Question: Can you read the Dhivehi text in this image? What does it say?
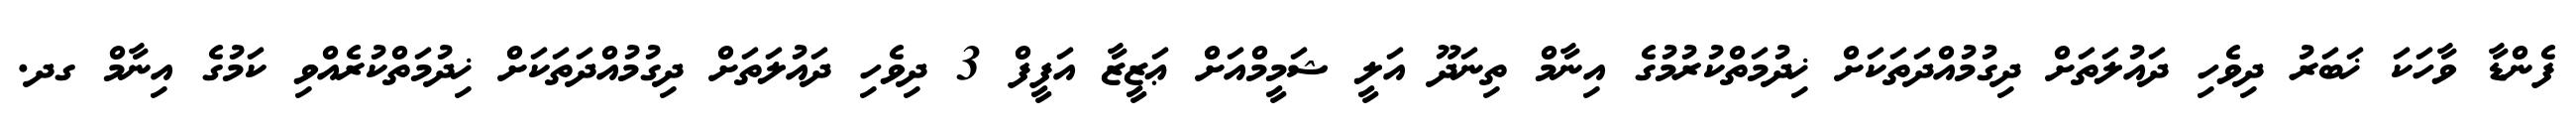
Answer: ފެންޑާ ވާހަކަ ޚަބަރު ދިވެހި ދައުލަތަށް ދިގުމުއްދަތަކަށް ޚިދުމަތްކުރުމުގެ އިނާމް ތިނަދޫ އަލީ ޝަމީމްއަށް ޢަޒީޒާ އަފީފް 3 ދިވެހި ދައުލަތަށް ދިގުމުއްދަތަކަށް ޚިދުމަތްކުރެއްވި ކަމުގެ އިނާމް ގދ.